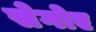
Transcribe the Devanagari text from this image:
सेगोए